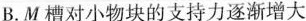
B.M槽对小物块的支持力逐渐增大